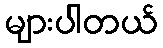
များပါတယ်